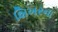
શિખરના